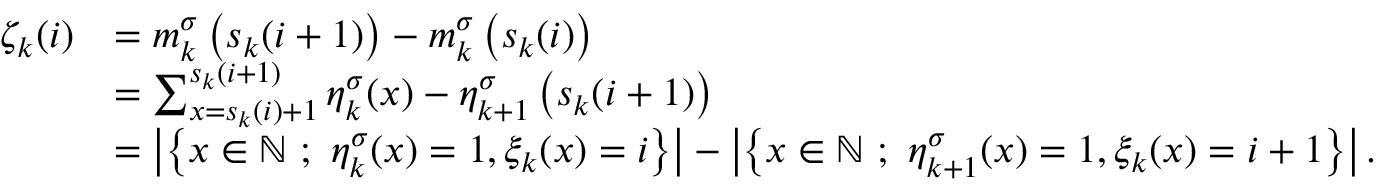
\begin{array} { r l } { \zeta _ { k } ( i ) } & { = m _ { k } ^ { \sigma } \left( s _ { k } ( i + 1 ) \right) - m _ { k } ^ { \sigma } \left( s _ { k } ( i ) \right) } \\ & { = \sum _ { x = s _ { k } ( i ) + 1 } ^ { s _ { k } ( i + 1 ) } \eta _ { k } ^ { \sigma } ( x ) - \eta _ { k + 1 } ^ { \sigma } \left( s _ { k } ( i + 1 ) \right) } \\ & { = \left| \left\{ x \in { \mathbb { N } } \ ; \ \eta _ { k } ^ { \sigma } ( x ) = 1 , \xi _ { k } ( x ) = i \right\} \right| - \left| \left\{ x \in { \mathbb { N } } \ ; \ \eta _ { k + 1 } ^ { \sigma } ( x ) = 1 , \xi _ { k } ( x ) = i + 1 \right\} \right| . } \end{array}